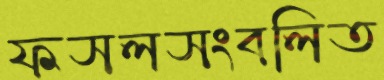
ফসলসংবলিত